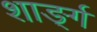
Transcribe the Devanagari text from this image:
शार्ङ्‍ग